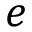
e